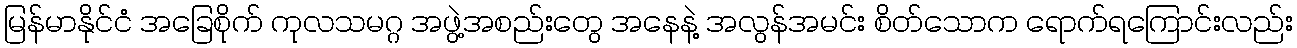
မြန်မာနိုင်ငံ အခြေစိုက် ကုလသမဂ္ဂ အဖွဲ့အစည်းတွေ အနေနဲ့ အလွန်အမင်း စိတ်သောက ရောက်ရကြောင်းလည်း